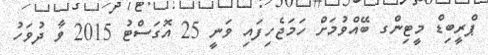
ޕްރީބިޑް މީޓިންގ ބޭއްވުމަށް ހަމަޖެހިފައި ވަނީ 25 އޮގަސްޓު 2015 ވާ ދުވަހު